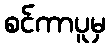
စင်ကာပူမှ